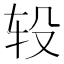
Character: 𨐅